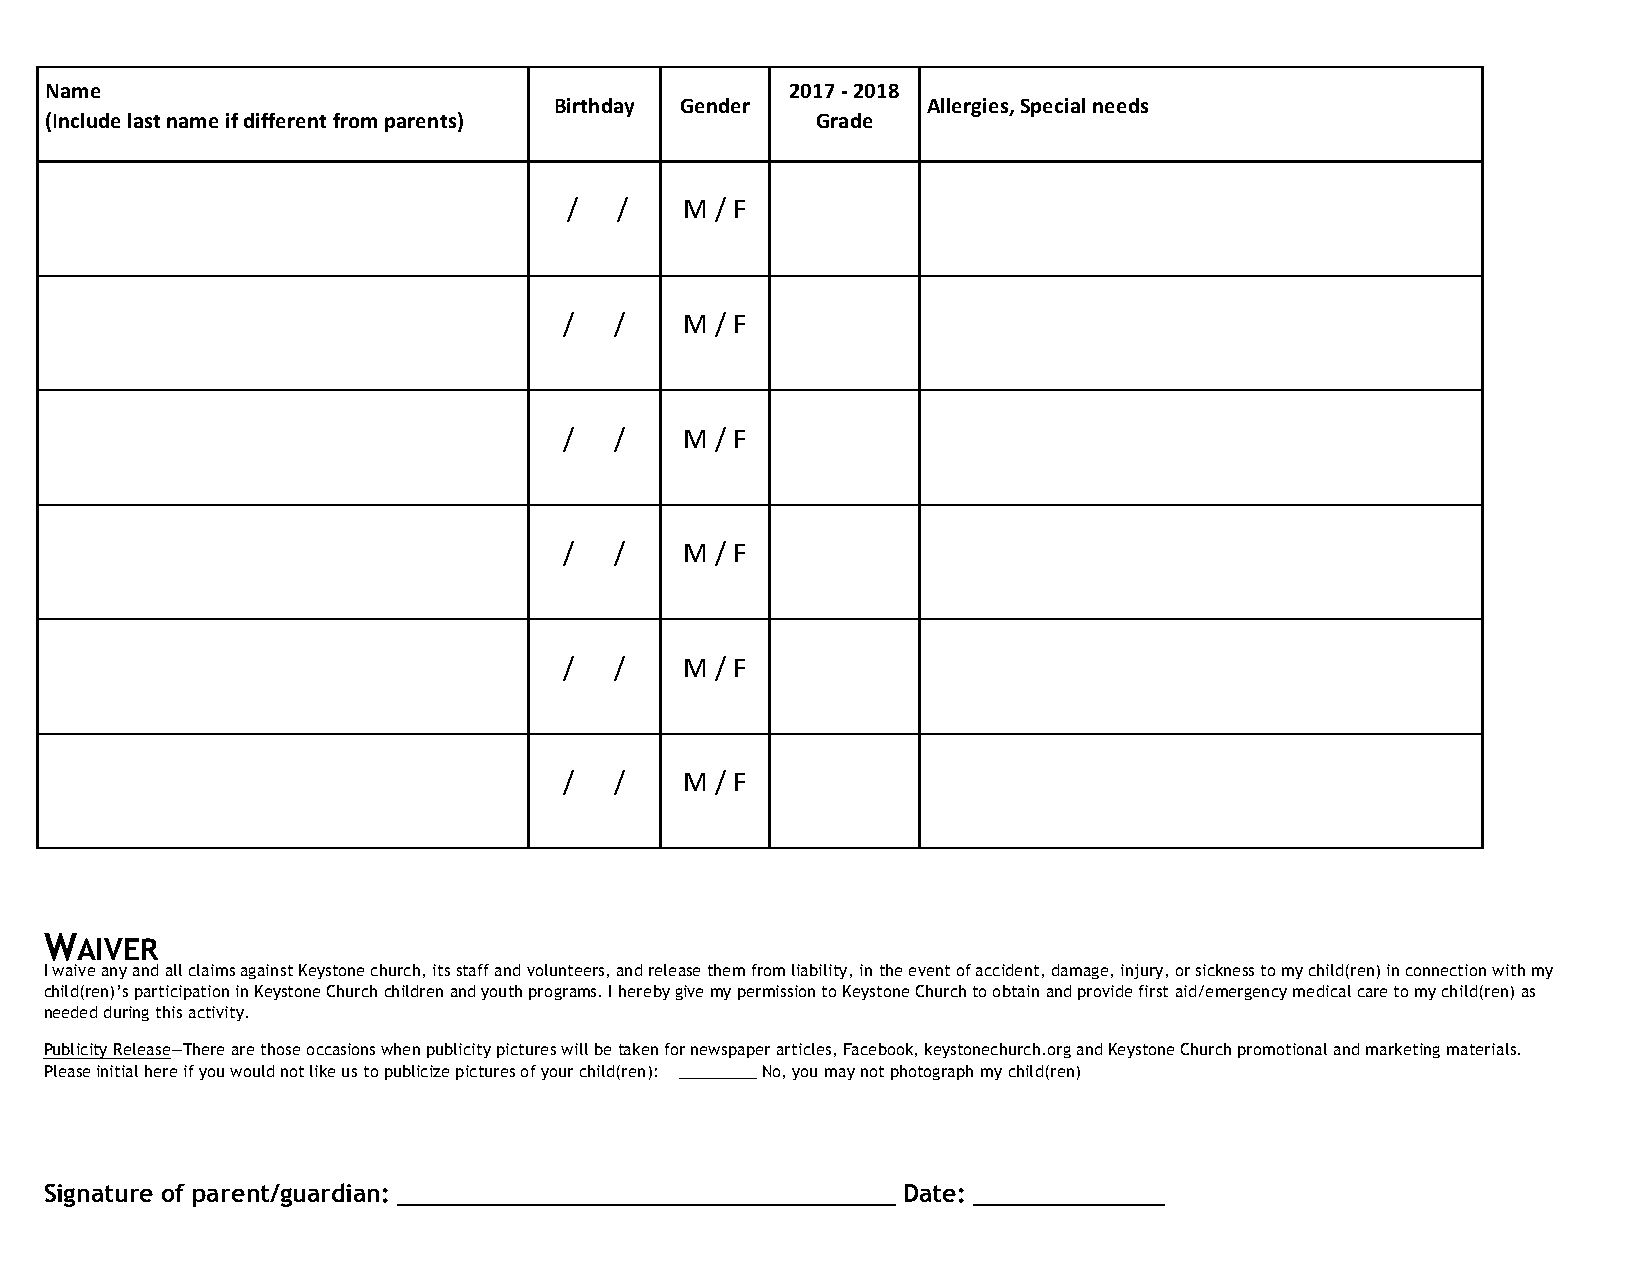
Name                                             2017 - 2018
 Birthday Gender         Allergies, Special needs
 (Include last name if different from parents)      Grade
 /   /   M / F
 /   /   M / F
 /   /   M / F
 /   /   M / F
 /   /   M / F
 /   /   M / F
 WAIVER
 I waive any and all claims against Keystone church, its staff and volunteers, and release them from liability, in the event of accident, damage, injury, or sickness to my child(ren) in connection with my
 child(ren)’s participation in Keystone Church children and youth programs. I hereby give my permission to Keystone Church to obtain and provide first aid/emergency medical care to my child(ren) as
 needed during this activity.
 Publicity Release—There are those occasions when publicity pictures will be taken for newspaper articles, Facebook, keystonechurch.org and Keystone Church promotional and marketing materials.
 Please initial here if you would not like us to publicize pictures of your child(ren): _________ No, you may not photograph my child(ren)
 Signature of parent/guardian: __________________________________ Date: _____________